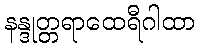
နန္ဒုတ္တရာထေရီဂါထာ